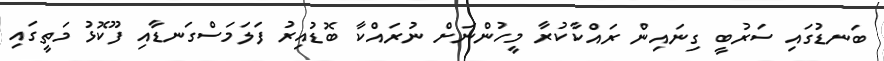
ބަނޑުގައި ސަރުބީ ގިނައިން ރައްކާކުރާ މީހުންނަށް ނުރައްކާ ބޮޑުއިރު ފަލަމަސްގަނޑާއި ފޫކޮޅު މަތީގައި